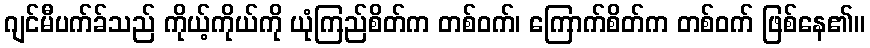
ဂျင်မီပက်ခ်သည် ကိုယ့်ကိုယ်ကို ယုံကြည်စိတ်က တစ်ဝက်၊ ကြောက်စိတ်က တစ်ဝက် ဖြစ်နေ၏။